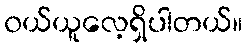
၀ယ်ယူလေ့ရှိပါတယ်။